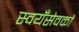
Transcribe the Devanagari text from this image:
स्वयँसेवकों